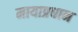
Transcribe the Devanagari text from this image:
मायाप्रधान